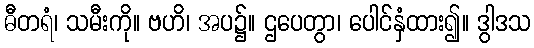
ဓီတရံ၊ သမီးကို။ ဗဟိ၊ အပ၌။ ဌပေတွာ၊ ပေါင်နှံထား၍။ ဒွါဒသ